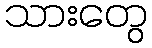
သားတွေ